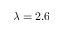
\lambda = 2 . 6